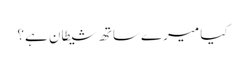
کیا میرے ساتھ شیطان ہے؟